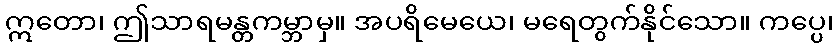
ဣတော၊ ဤသာရမန္တကမ္ဘာမှ။ အပရိမေယေ၊ မရေတွက်နိုင်သော။ ကပ္ပေ၊